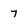
Character: 7